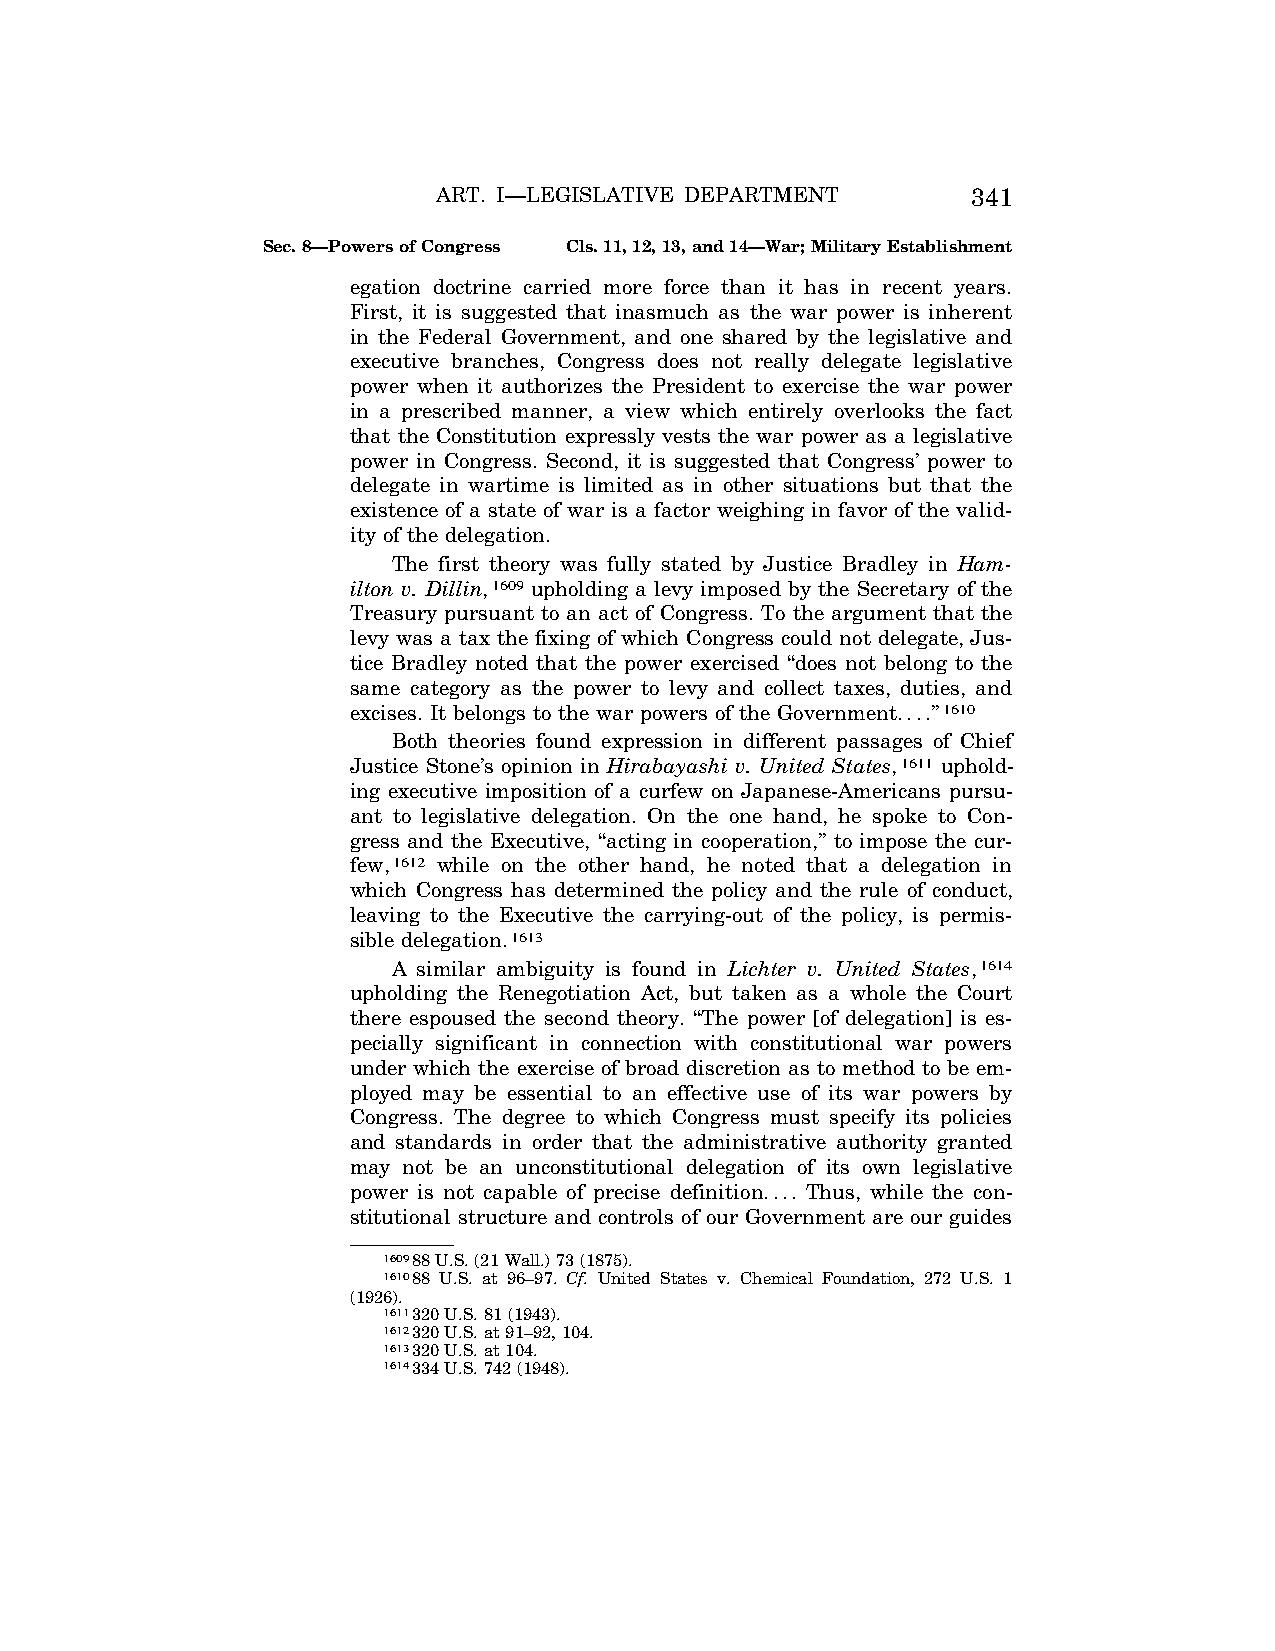
ART. I—LEGISLATIVE DEPARTMENT      341
 Sec. 8—Powers of Congress Cls. 11, 12, 13, and 14—War; Military Establishment
 egation doctrine carried more force than it has in recent years.
 First, it is suggested that inasmuch as the war power is inherent
 in the Federal Government, and one shared by the legislative and
 executive branches, Congress does not really delegate legislative
 power when it authorizes the President to exercise the war power
 in a prescribed manner, a view which entirely overlooks the fact
 that the Constitution expressly vests the war power as a legislative
 power in Congress. Second, it is suggested that Congress’ power to
 delegate in wartime is limited as in other situations but that the
 existence of a state of war is a factor weighing in favor of the valid-
 ity of the delegation.
 The first theory was fully stated by Justice Bradley in Ham-
 ilton v. Dillin,1609 upholding a levy imposed by the Secretary of the
 Treasury pursuant to an act of Congress. To the argument that the
 levy was a tax the fixing of which Congress could not delegate, Jus-
 tice Bradley noted that the power exercised ‘‘does not belong to the
 same category as the power to levy and collect taxes, duties, and
 excises. It belongs to the war powers of the Government....’’1610
 Both theories found expression in different passages of Chief
 Justice Stone’s opinion in Hirabayashi v. United States,1611 uphold-
 ing executive imposition of a curfew on Japanese-Americans pursu-
 ant to legislative delegation. On the one hand, he spoke to Con-
 gress and the Executive, ‘‘acting in cooperation,’’ to impose the cur-
 few,1612 while on the other hand, he noted that a delegation in
 which Congress has determined the policy and the rule of conduct,
 leaving to the Executive the carrying-out of the policy, is permis-
 sible delegation.1613
 A similar ambiguity is found in Lichter v. United States,1614
 upholding the Renegotiation Act, but taken as a whole the Court
 there espoused the second theory. ‘‘The power [of delegation] is es-
 pecially significant in connection with constitutional war powers
 under which the exercise of broad discretion as to method to be em-
 ployed may be essential to an effective use of its war powers by
 Congress. The degree to which Congress must specify its policies
 and standards in order that the administrative authority granted
 may not be an unconstitutional delegation of its own legislative
 power is not capable of precise definition.... Thus, while the con-
 stitutional structure and controls of our Government are our guides
 160988 U.S. (21 Wall.) 73 (1875).
 161088 U.S. at 96–97. Cf. United States v. Chemical Foundation, 272 U.S. 1
 (1926).
 1611320 U.S. 81 (1943).
 1612320 U.S. at 91–92, 104.
 1613320 U.S. at 104.
 1614334 U.S. 742 (1948).
 VerDate Apr<14>2004 12:35 Apr 14, 2004 Jkt 077500 PO 00000 Frm 00279 Fmt 8222 Sfmt 8222 C:\CONAN\CON009.SGM PRFM99 PsN: CON009